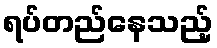
ရပ်တည်နေသည့်